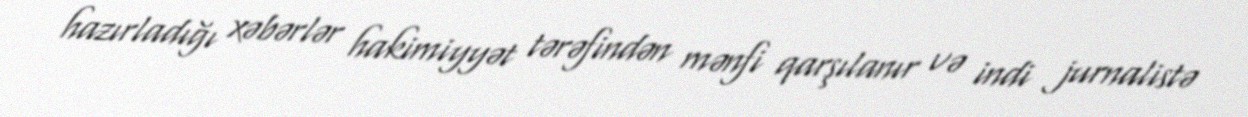
hazırladığı xəbərlər hakimiyyət tərəfindən mənfi qarşılanır və indi jurnalistə